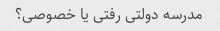
مدرسه دولتی رفتی یا خصوصی؟